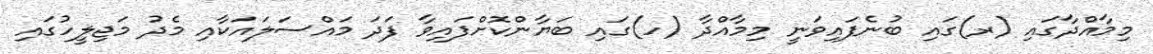
މިމާއްދާގައި (ރ)ގައި ބުނެފައިވަނީ މިމާއްދާ (ހ)ގައި ބަޔާންކޮށްފައިވާ ފަދަ މައްސަލައަކާއި މެދު މަޖިލީހުގައި